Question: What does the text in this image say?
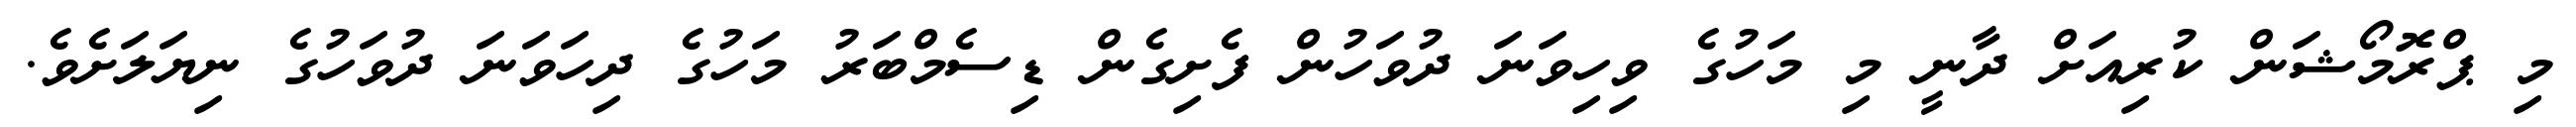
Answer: މި ޕްރޮމޯޝަން ކުރިއަށް ދާނީ މި މަހުގެ ވިހިވަނަ ދުވަހުން ފެށިގެން ޑިސެމްބަރު މަހުގެ ދިހަވަނަ ދުވަހުގެ ނިޔަލަށެވެ.